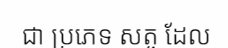
ជា ប្រភេទ សត្ច ដែល